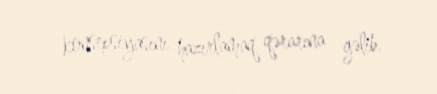
konsepsiyasını hazırlamaq qərarına gəlib.